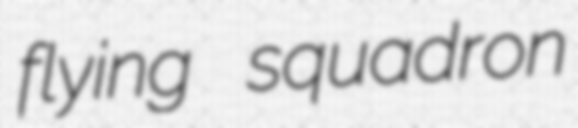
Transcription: flying squadron